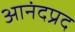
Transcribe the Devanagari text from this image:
आनंदप्रद